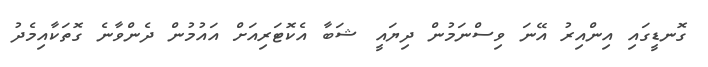
ގޮނޑީގައި އިންއިރު އޭނަ ވިސްނަމުން ދިޔައީ ޝަބާ އެކޮޓަރިއަށް އައުމުން ދެންވާނެ ގޮތަކާއިމެދު